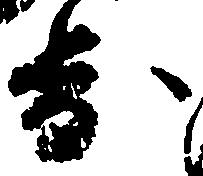
歩